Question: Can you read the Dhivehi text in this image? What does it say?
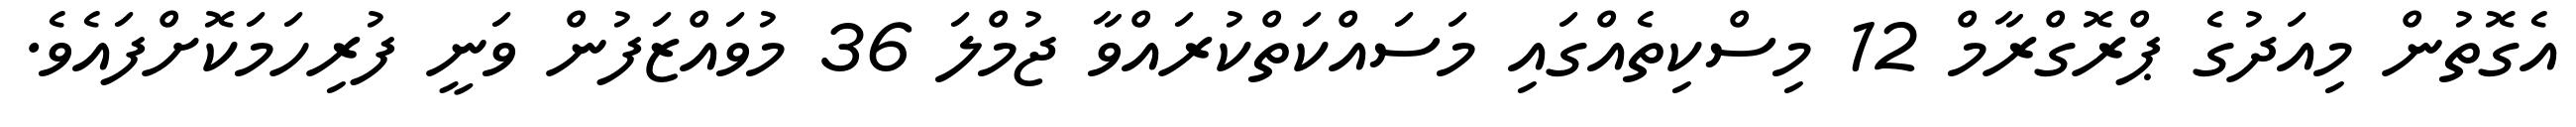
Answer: އެގޮތުން މިއަދުގެ ޕްރޮގްރާމް 12 މިސްކިތެއްގައި މަސައްކަތްކުރައްވާ ޖުމްލަ 36 މުވައްޒަފުން ވަނީ ފުރިހަމަކޮށްފައެވެ.